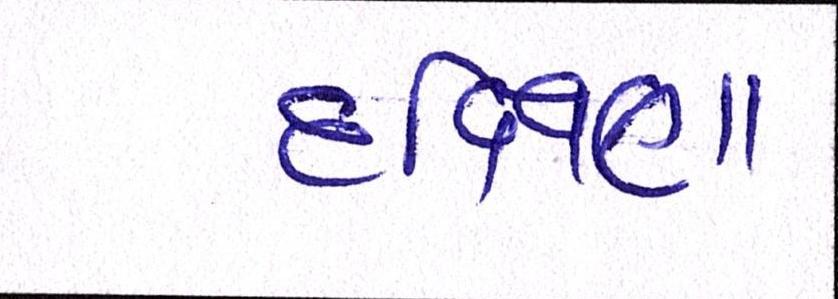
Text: દક્ષિણા